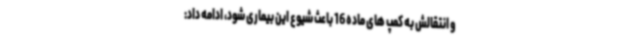
و انتقالش به کمپ های ماده 16 باعث شیوع این بیماری شود، ادامه داد: